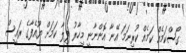
ގޯސްކަމެއް ކަމެއް ކުރިނަމަ އޭނާ އޮންނާނީ މިހާރު ފިލާ ކަމަށް ޔޫއެފާގެ ރައީސް